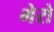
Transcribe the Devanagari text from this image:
भेरो